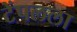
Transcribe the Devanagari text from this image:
टेंपलला